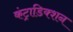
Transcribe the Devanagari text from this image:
कंट्राडिक्शन